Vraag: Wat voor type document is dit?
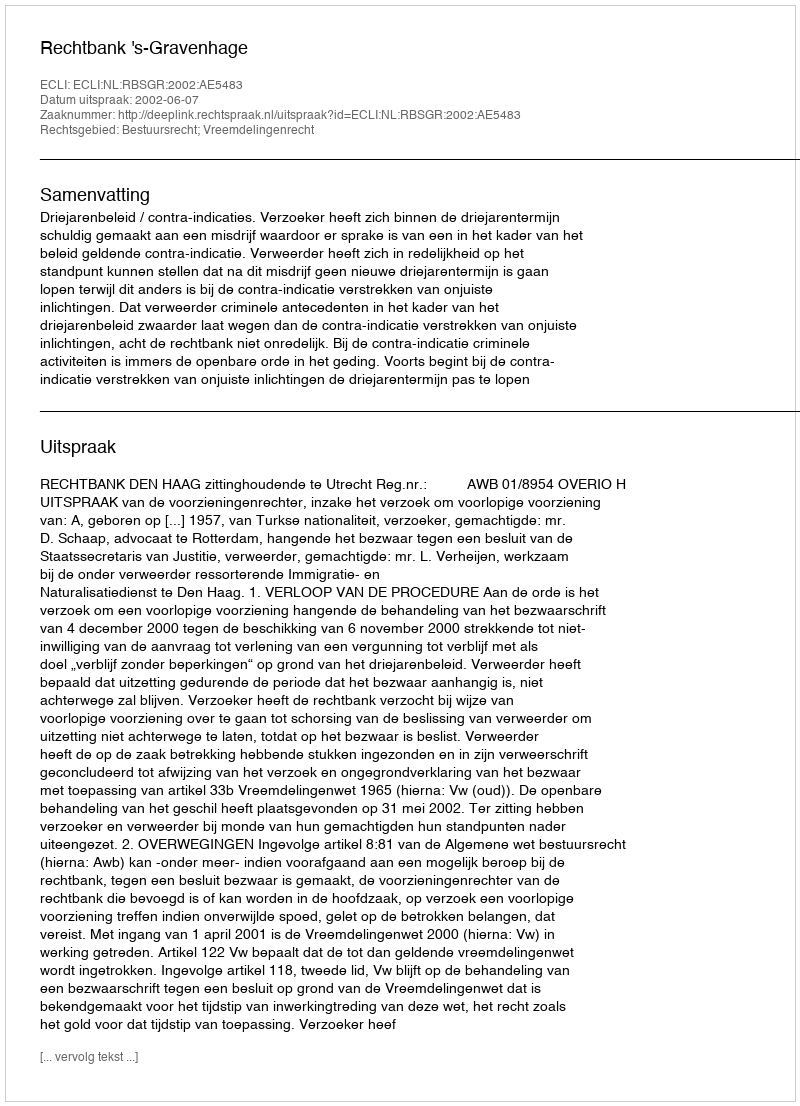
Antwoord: Uitspraak